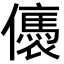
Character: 㒟